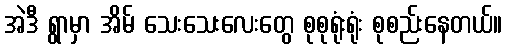
အဲဒီ ရွာမှာ အိမ် သေးသေးလေးတွေ စုစုရုံးရုံး စုစည်းနေတယ်။